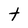
Character: t